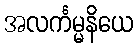
အလင်္ကမ္မနိယေ